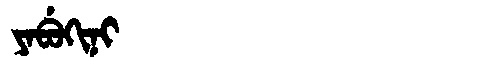
Manchu: ᠶᠠᠪᡠᡴᡳᠨᡳ
Romanization: YABUKINI